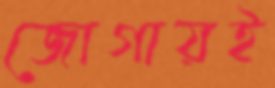
জোগায়ই